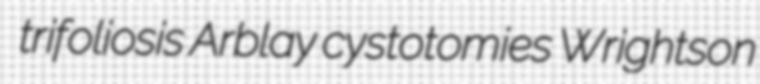
trifoliosis Arblay cystotomies Wrightson